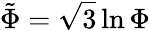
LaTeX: {\tilde{\Phi}}={\sqrt{3}}\ln{\Phi}